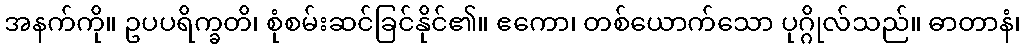
အနက်ကို။ ဥပပရိက္ခတိ၊ စုံစမ်းဆင်ခြင်နိုင်၏။ ဧကော၊ တစ်ယောက်သော ပုဂ္ဂိုလ်သည်။ ဓာတာနံ၊